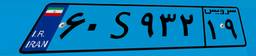
۹۲S۷۰۹۹۵